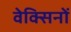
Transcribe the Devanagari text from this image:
वेक्सिनों